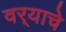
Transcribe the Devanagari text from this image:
वर्‍याचे